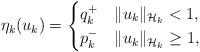
LaTeX: \begin{align*}\eta_k(u_k) =\begin{cases}q_k^+ &\|u_k\|_{\mathcal{H}_k}<1, \\p_k^- &\|u_k\|_{\mathcal{H}_k}\geq 1, \\\end{cases}\end{align*}